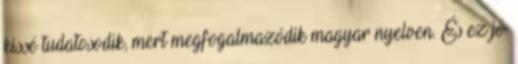
kissé tudatosodik, mert megfogalmazódik magyar nyelven. És ez jó.